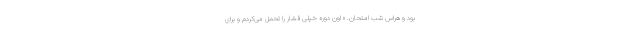
بود و هراس شب امتحان. « اون دوره خیلی فشار را تحمل می‌کردم و برای